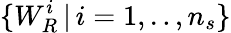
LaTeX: \{ W_{R}^{i}\, |\, i=1,..,n_{s}\}